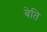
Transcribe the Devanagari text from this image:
बेति